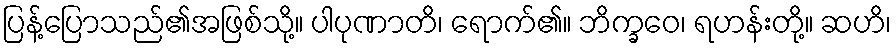
ပြန့်ပြောသည်၏အဖြစ်သို့။ ပါပုဏာတိ၊ ရောက်၏။ ဘိက္ခဝေ၊ ရဟန်းတို့။ ဆဟိ၊